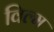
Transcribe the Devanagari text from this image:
विल्म